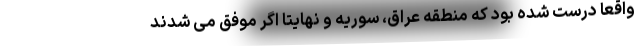
واقعا درست شده بود که منطقه عراق، سوریه و نهایتا اگر موفق می شدند